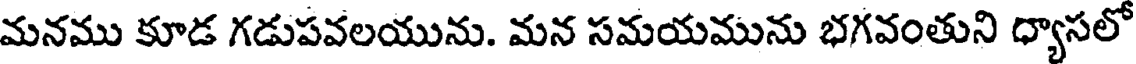
మనము కూడ గడుపవలయును. మన సమయమును భగవంతుని ధ్యాసలో